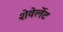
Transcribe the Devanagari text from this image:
शेवेर्लेट